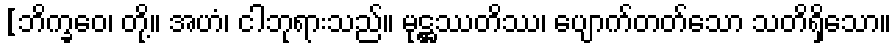
[ဘိက္ခဝေ၊ တို့။ အဟံ၊ ငါဘုရားသည်။ မုဋ္ဌဿတိဿ၊ ပျောက်တတ်သော သတိရှိသော။